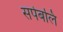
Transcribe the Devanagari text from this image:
सर्पबलि